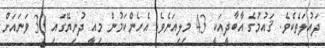
ދައުލަތެކެވެ. ޤައުމުގެ އާބާދީއަކީ 43 މިލިއަނެވެ. އެހެންކަމުން މިއީ ދުނިޔޭގައި 30 ވަނައަށް